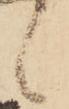
候